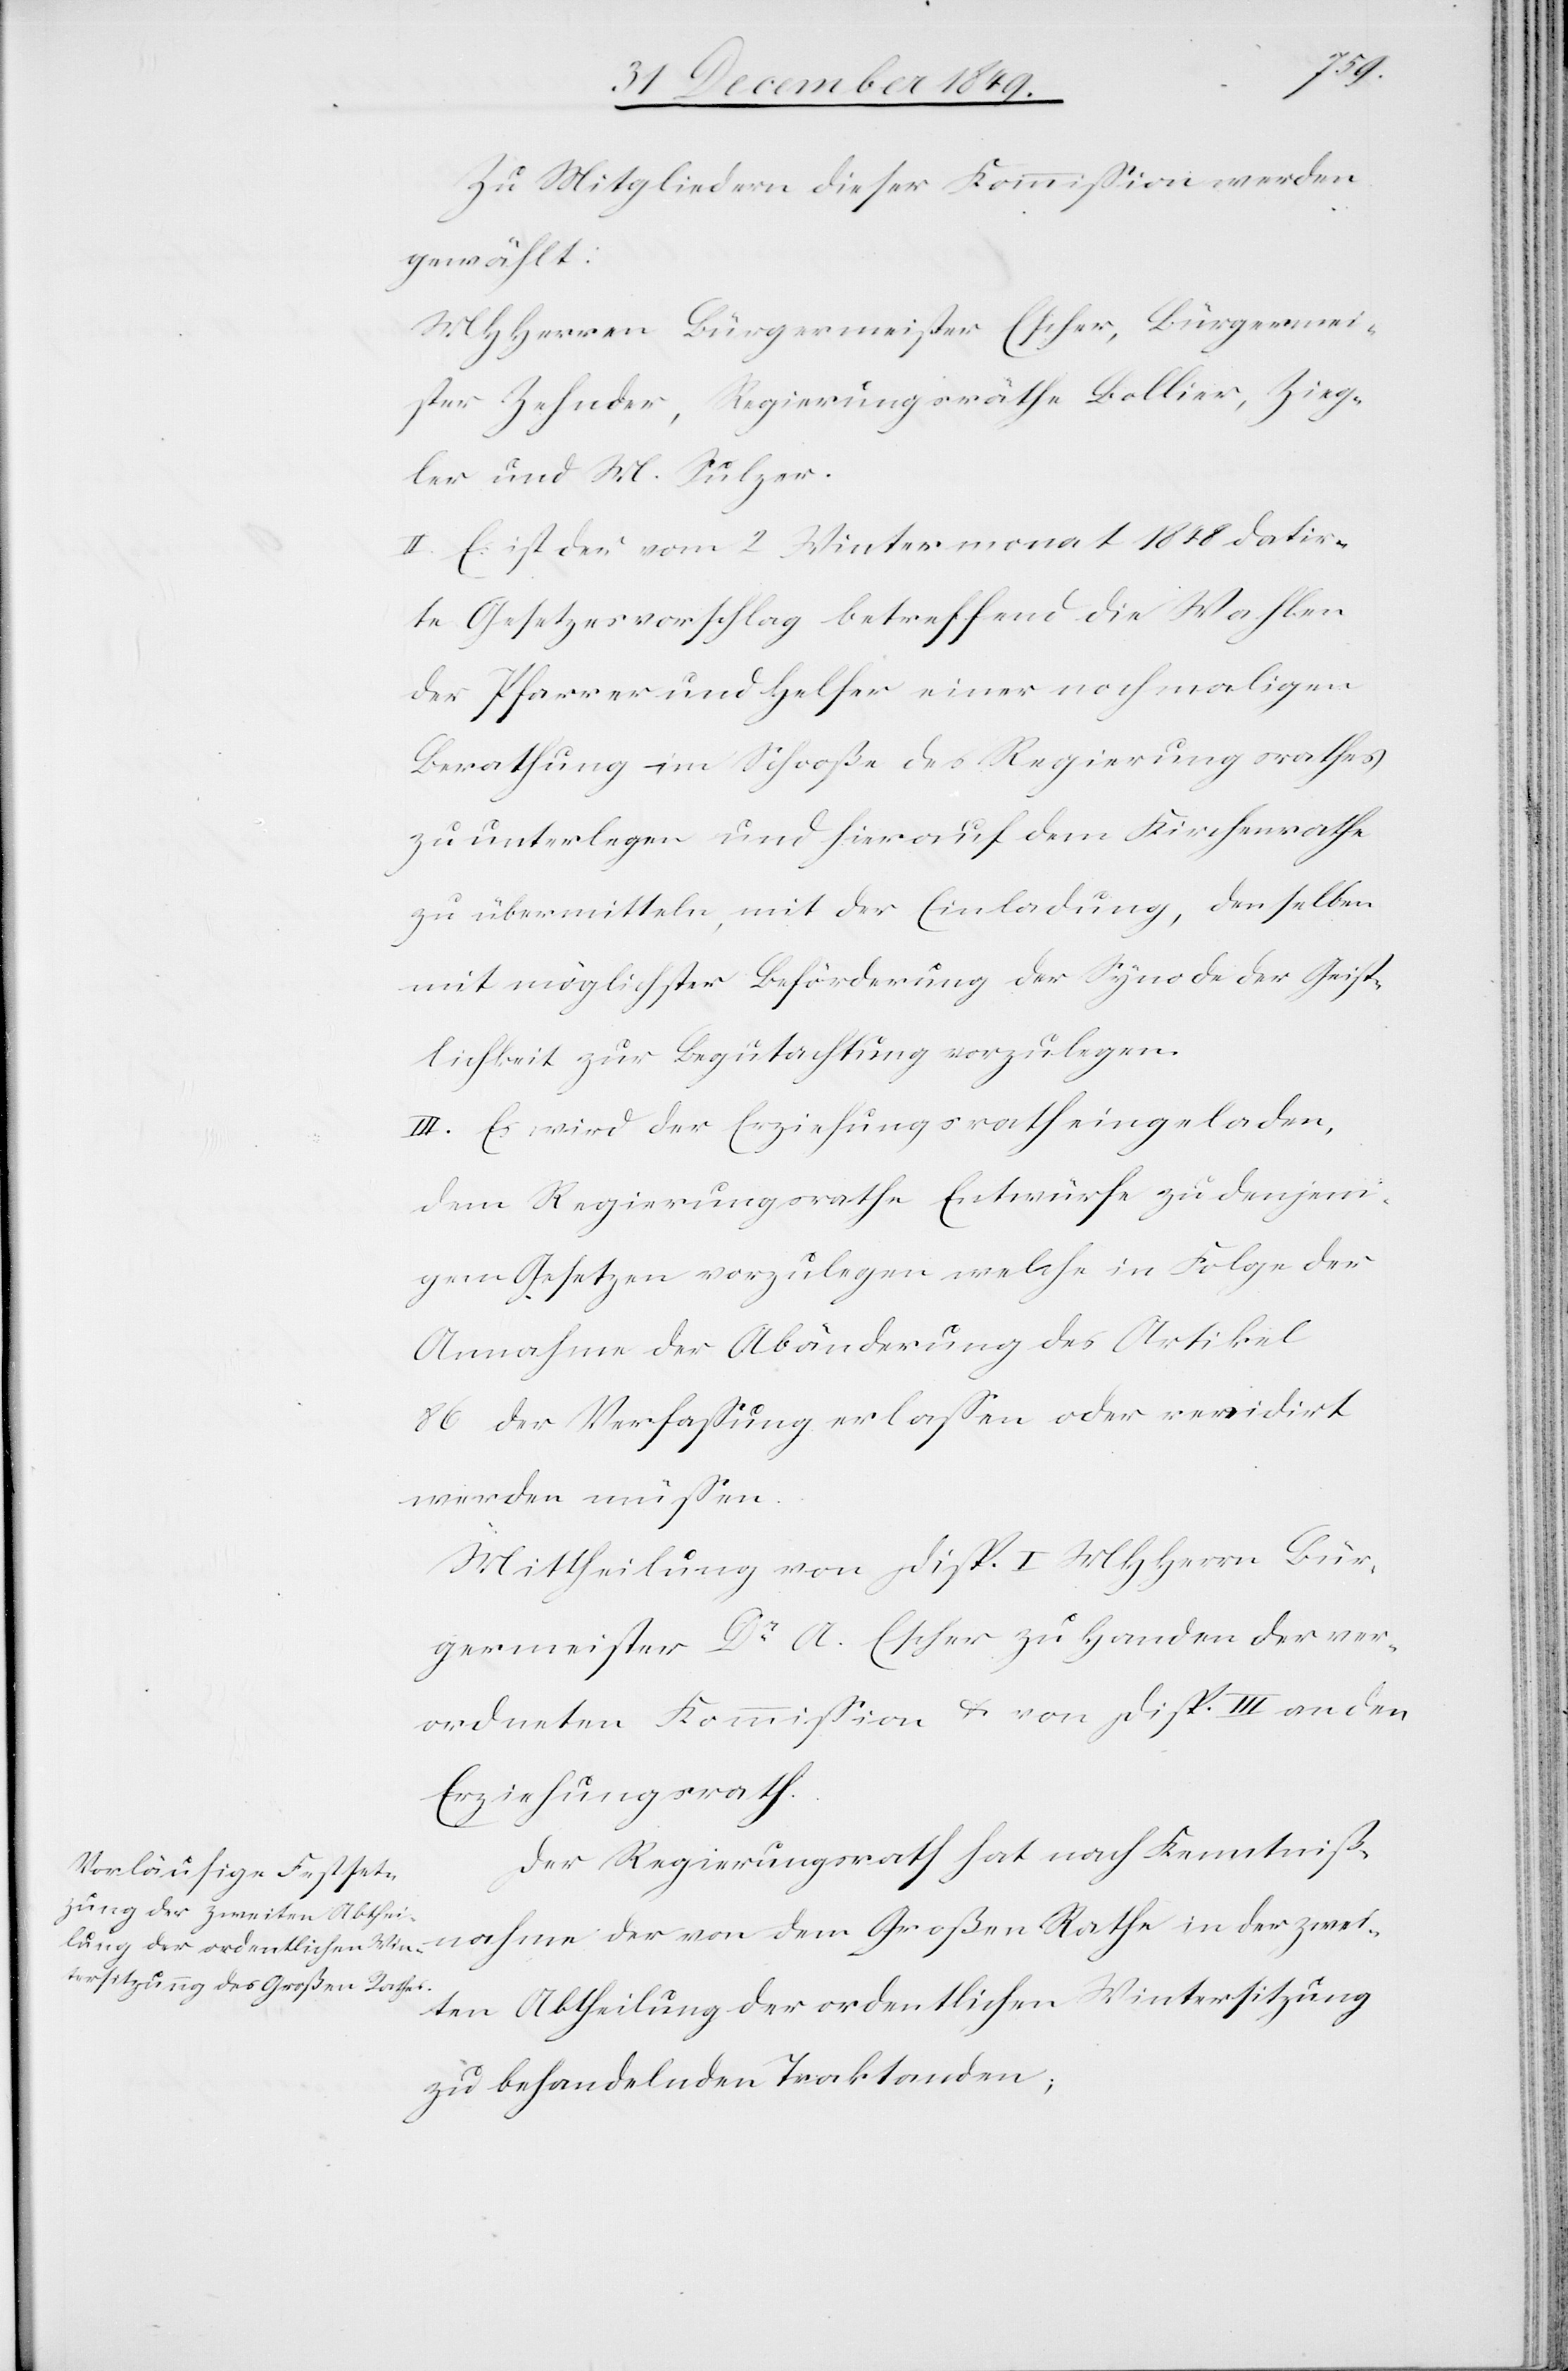
Zu Mitgliedern dieser Kommißion werden
gewählt:
MHHerrn Bürgermeister Escher, Bürgermei¬
ster Zehnder, Regierungsräthe Bollier, Zieg¬
ler und M. Sulzer.
II. Es ist der vom 2 Wintermonat 1848 datir¬
te Gesetzesvorschlag betreffend die Wahlen
der Pfarrer und Helfer einer nochmaligen
Berathung im Schooße des Regierungsrathes
zu unterlegen und hierauf dem Finanzrathe
zu übermitteln, mit der Einladung, denselben
mit möglichster Beförderung der Synode der Geist¬
lichkeit zur Begutachtung vorzulegen.
III. Es wird der Erziehungsrath eingeladen,
dem Regierungsrathe Entwürfe zu denjeni¬
gen Gesetzen vorzulegen welche in Folge der
Annahme der Abänderung des Artikel
86 der Verfaßung erlaßen oder revidirt
werden müßen.
Mittheilung von Disp. I MHHerrn Bür¬
germeister Dr A. Escher zu Handen der ver¬
ordneten Kommißion u. von Disp. III an den
Erziehungsrath.
Der Regierungsrath hat nach Kenntniß¬
nahme der von dem Großen Rathe in der zwei¬
ten Abtheilung der ordentlichen Wintersitzung
zu behandelnden Traktanden;